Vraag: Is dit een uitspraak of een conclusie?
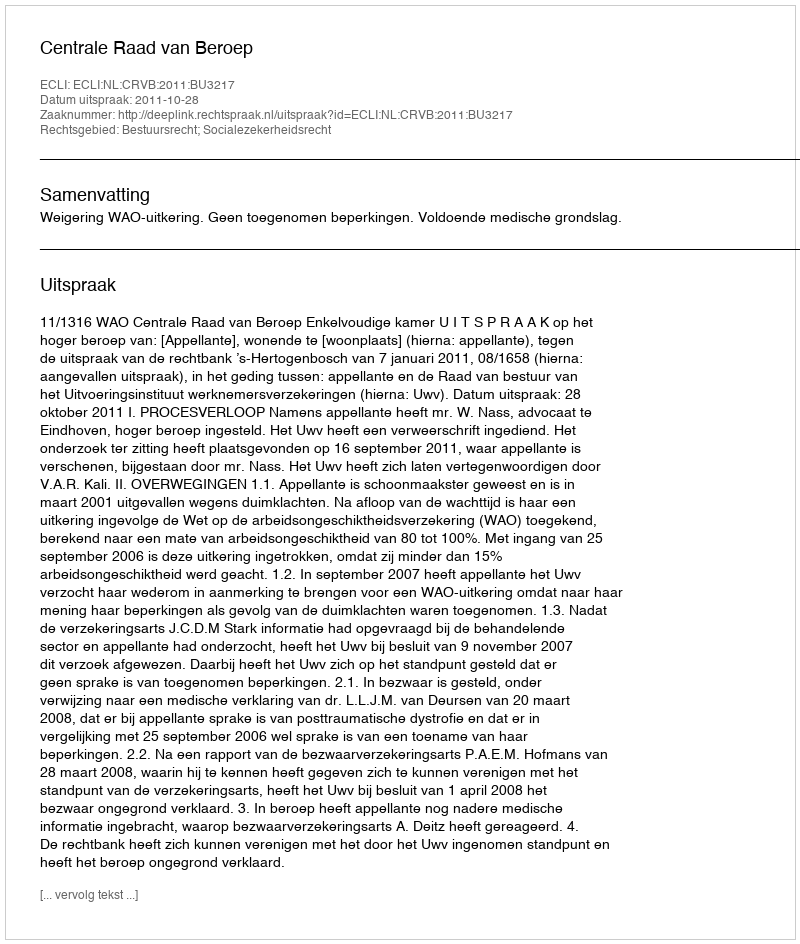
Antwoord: Uitspraak